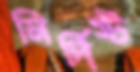
নির্দিষ্ট